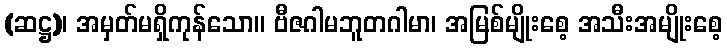
(ဆဋ္ဌ)၊ အမှတ်မရှိကုန်သော။ ဗီဇဂါမဘူတဂါမာ၊ အမြစ်မျိုးစေ့ အသီးအမျိုးစေ့